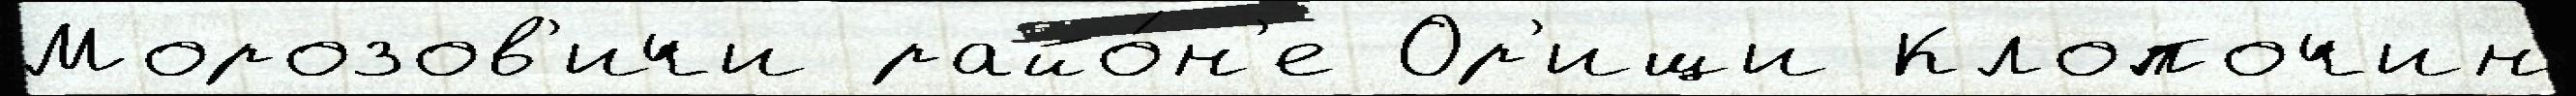
Морозов'ичи райо́н'е Ор'ищи Клопочин